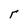
Character: r